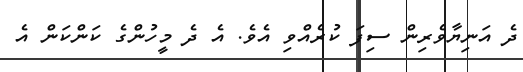
ދެ އަނިޔާވެރިން ސިފަ ކުރެއްވި އެވެ. އެ ދެ މީހުންގެ ކަންކަން އެ